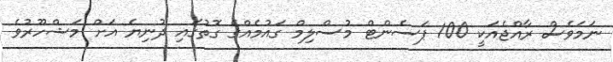
ނަމަވެސް ރާއްޖެއަކީ 100 ޕަސެންޓް މުސްލިމް ގައުމެއްގެ ގޮތުގައި ދުނިޔެ އަށް މަޝްހޫރުވެ